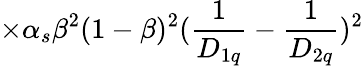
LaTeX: \times\alpha_{s}\beta^{2}(1-\beta)^{2}({\frac{1}{D_{1q}}}-{\frac{1}{D_{2q}}})^{2}